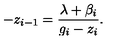
- z _ { i - 1 } = \frac { \lambda + \beta _ { i } } { g _ { i } - z _ { i } } .